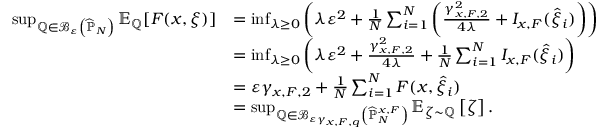
\begin{array} { r l } { \operatorname* { s u p } _ { \mathbb { Q } \in \mathcal { B } _ { \varepsilon } \left( \widehat { \mathbb { P } } _ { N } \right) } \mathbb { E } _ { \mathbb { Q } } [ F ( x , \xi ) ] } & { = \operatorname* { i n f } _ { \lambda \geq 0 } \left( \lambda \varepsilon ^ { 2 } + \frac { 1 } { N } \sum _ { i = 1 } ^ { N } \left( \frac { \gamma _ { x , F , 2 } ^ { 2 } } { 4 \lambda } + I _ { x , F } ( \widehat { \xi } _ { i } ) \right) \right) } \\ & { = \operatorname* { i n f } _ { \lambda \geq 0 } \left( \lambda \varepsilon ^ { 2 } + \frac { \gamma _ { x , F , 2 } ^ { 2 } } { 4 \lambda } + \frac { 1 } { N } \sum _ { i = 1 } ^ { N } I _ { x , F } ( \widehat { \xi } _ { i } ) \right) } \\ & { = \varepsilon \gamma _ { x , F , 2 } + \frac { 1 } { N } \sum _ { i = 1 } ^ { N } F ( x , \widehat { \xi } _ { i } ) } \\ & { = \operatorname* { s u p } _ { \mathbb { Q } \in \mathcal { B } _ { \varepsilon \gamma _ { x , F , q } } \left( \widehat { \mathbb { P } } _ { N } ^ { x , F } \right) } \mathbb { E } _ { \zeta \sim \mathbb { Q } } \left[ \zeta \right] . } \end{array}